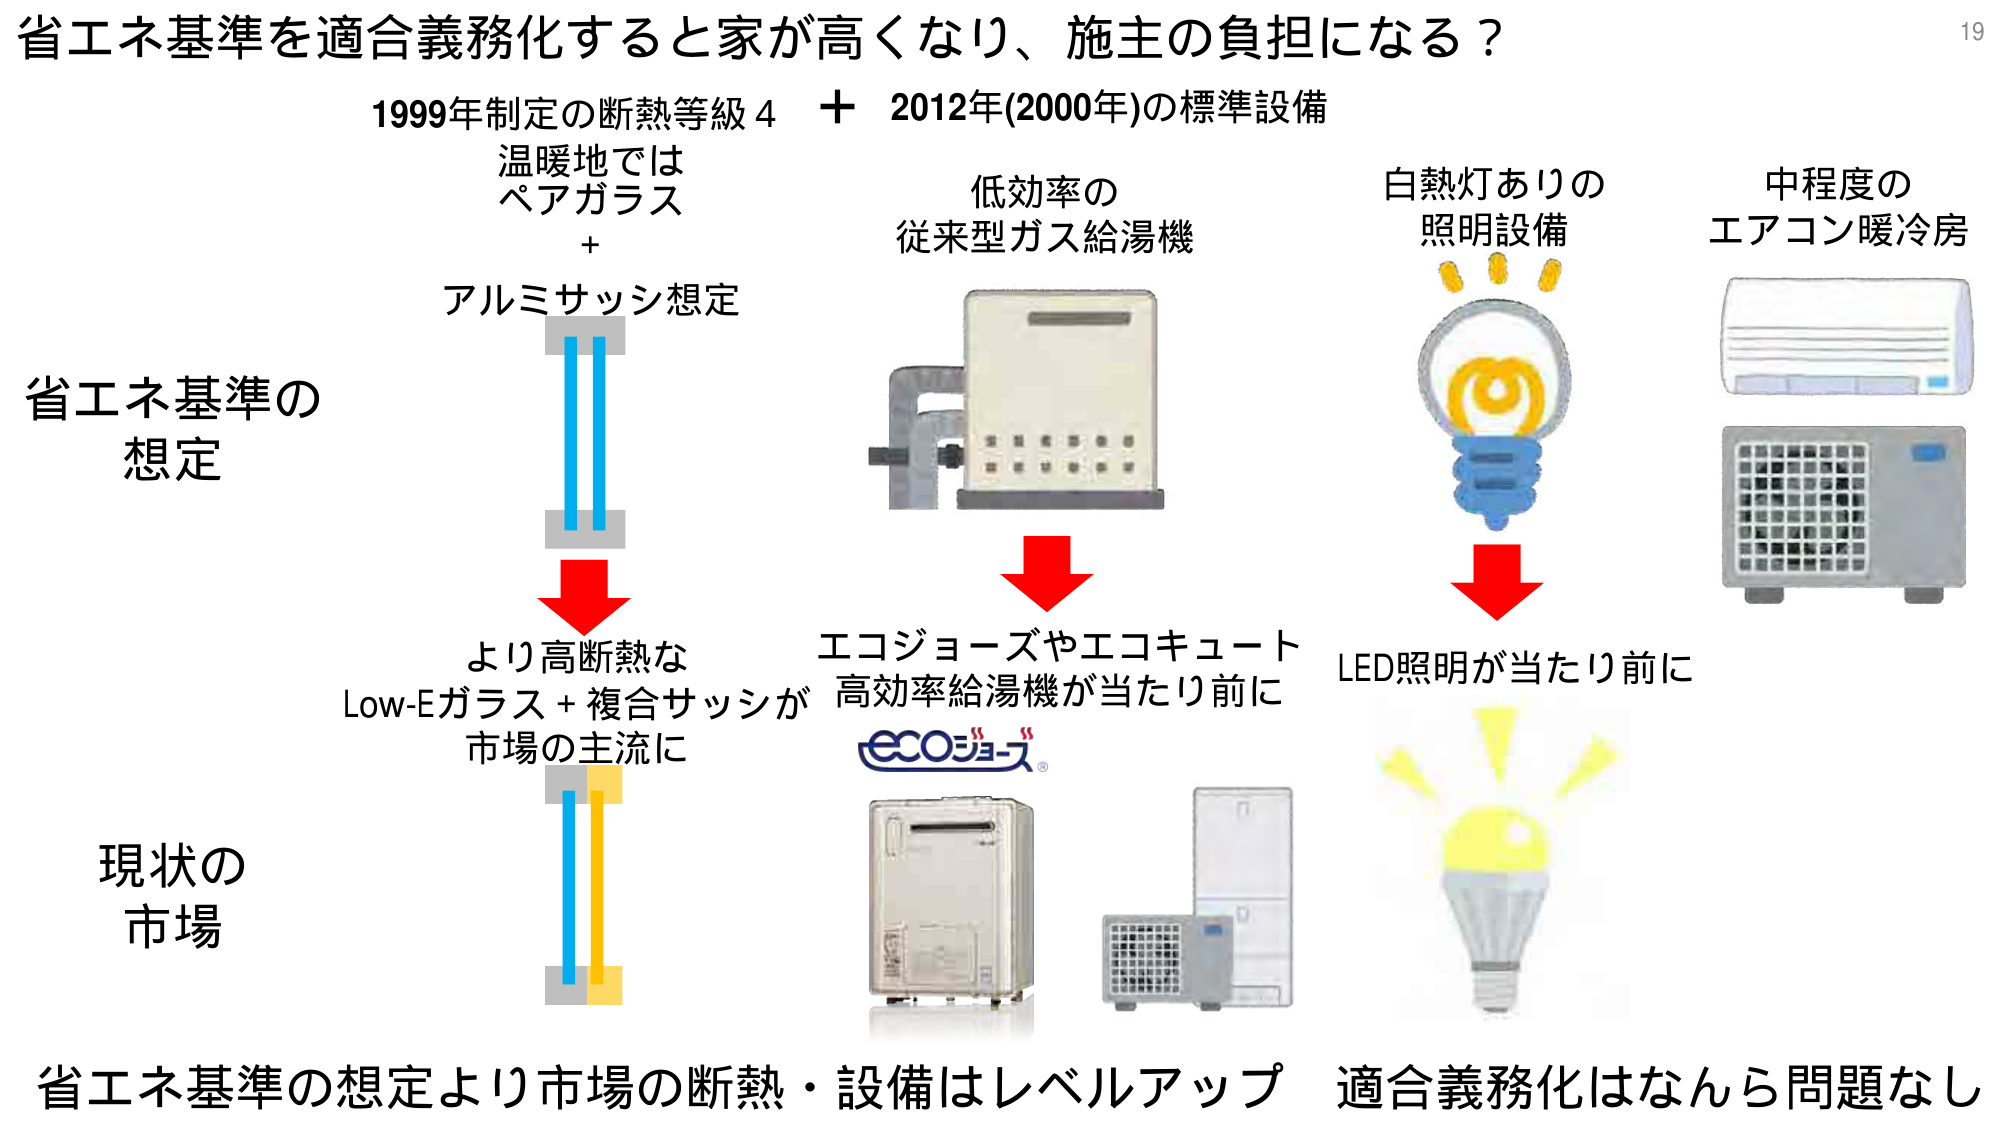
省エネ基準を適合義務化すると家が高くなり、施主の負担になる？

1999年制定の断熱等級4 + 2012年(2000年)の標準設備

温暖地では
ペアガラス
+
アルミサッシ想定

低効率の
従来型ガス給湯機

白熱灯ありの
照明設備

中程度の
エアコン暖冷房

省エネ基準の
想定

より高断熱な
Low-Eガラス + 複合サッシが
市場の主流に

エコジョーズやエコキュート
高効率給湯機が当たり前に
ECOジョーズ®

LED照明が当たり前に

現状の
市場

省エネ基準の想定より市場の断熱・設備はレベルアップ 適合義務化はなんら問題なし

19